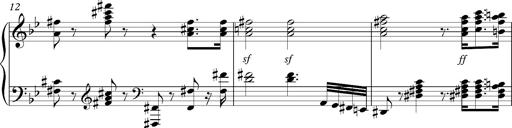
Title: Marche funÃ¨bre, S.226a
Composer: Franz Liszt
Key: G minor